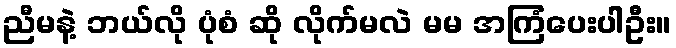
ညီမနဲ့ ဘယ်လို ပုံစံ ဆို လိုက်မလဲ မမ အကြံပေးပါဦး။